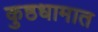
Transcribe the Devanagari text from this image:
कुष्ठधामात